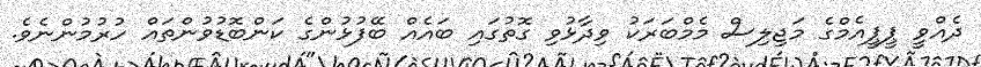
ދެއްވީ ޕީޕީއެމްގެ މަޖިލިސް މެމްބަރަކު ވިދާޅުވި ގޮތުގައި ބައެއް ބޭފުޅުންގެ ކަންބޮޑުވުންތައް ހުރުމުންނެވެ.